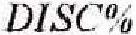
DISC%